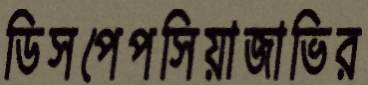
ডিসপেপসিয়াজাভির